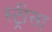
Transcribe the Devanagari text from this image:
स्ट्रीसा